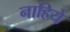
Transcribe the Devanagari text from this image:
नाहिये